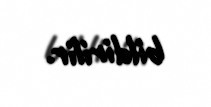
bildirilir.